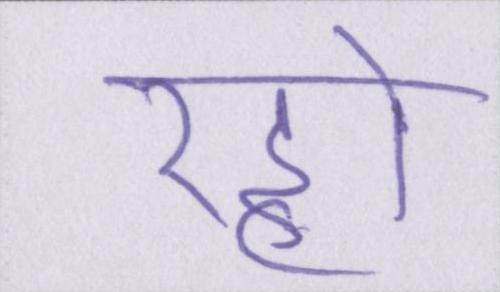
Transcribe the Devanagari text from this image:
रहो